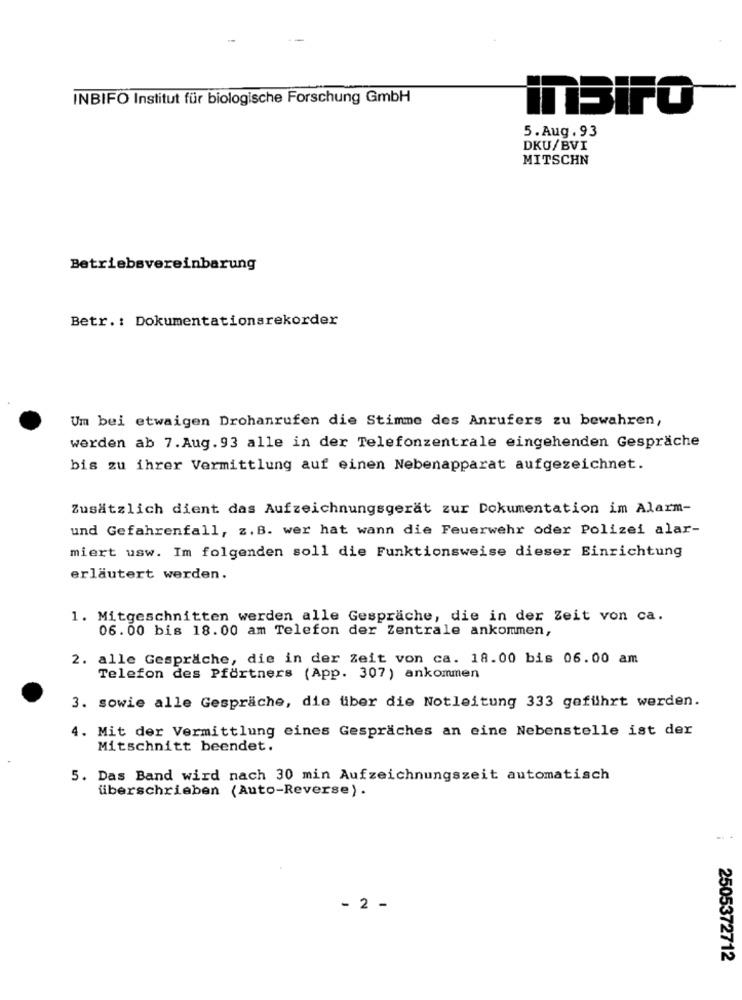
INBIFO Institut für biologische Forschung GmbH
inSIFO
5.Aug. 93
DKU/BVI
MITSCHN
Betriebsvereinbarung
Betr .: Dokumentationsrekorder
Um bei etwaigen Drohanrufen die Stimme des Anrufers zu bewahren,
werden ab 7.Aug.93 alle in der Telefonzentrale eingehenden Gespräche
bis zu ihrer Vermittlung auf einen Nebenapparat aufgezeichnet.
Zusätzlich dient das Aufzeichnungsgerät zur Dokumentation im Alarm-
und Gefahrenfall, z.B. wer hat wann die Feuerwehr oder Polizei alar-
miert usw. Im folgenden soll die Funktionsweise dieser Einrichtung
erläutert werden.
1. Mitgeschnitten werden alle Gespräche, die in der Zeit von ca.
06. 00 bis 18.00 am Telefon der Zentrale ankommen,
2. alle Gespräche, die in der Zeit von ca. 18.00 bis 06.00 am
Telefon des Pförtners (App. 307) ankommen
3. sowie alle Gespräche, die über die Notleitung 333 geführt werden.
4. Mit der Vermittlung eines Gespräches an eine Nebenstelle ist der
Mitschnitt beendet.
5. Das Band wird nach 30 min Aufzeichnungszeit automatisch
überschrieben (Auto-Reverse) .
- 2 -
2505372712